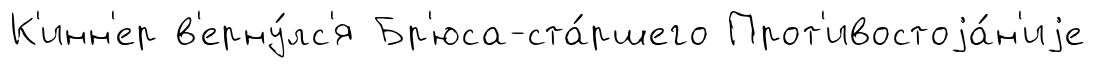
К'инн'ер в'ерну́лс'я Бр'юса-ста́ршего Прот'ивостоjа́н'иjе